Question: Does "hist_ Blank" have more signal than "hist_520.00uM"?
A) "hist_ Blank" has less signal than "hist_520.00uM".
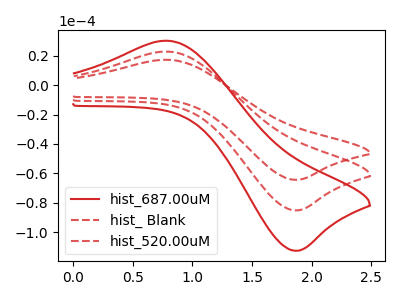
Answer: <think>The red curve "hist_687.00uM" has an anodic peak at (0.80V, 45.80uA) and a cathodic peak at (1.85V, -170.45uA). The red dashed curve "hist_ Blank" has an anodic peak at (0.80V, 17.30uA) and a cathodic peak at (1.85V, -64.45uA). The red dashed curve "hist_520.00uM" has an anodic peak at (0.80V, 22.90uA) and a cathodic peak at (1.85V, -85.25uA).
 All the peaks in "hist_ Blank" have a peak in "hist_520.00uM" at the same potential. Every peak in "hist_ Blank" is lower than every peak in "hist_520.00uM".</think>
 <answer>A) "hist_ Blank" has less signal than "hist_520.00uM".</answer>
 <eval>A</eval>